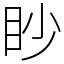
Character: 眇